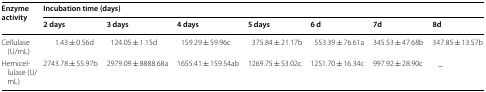
<table><thead><tr><td rowspan="2"><b>Enzyme activity</b></td><td colspan="7"><b>Incubation time (days)</b></td></tr><tr><td><b>2 days</b></td><td><b>3 days</b></td><td><b>4 days</b></td><td><b>5 days</b></td><td><b>6 d</b></td><td><b>7d</b></td><td><b>8d</b></td></tr></thead><tbody><tr><td>Cellulase (U/mL)</td><td>1.43 ± 0.56d</td><td>124.05 ± 1.15d</td><td>159.29 ± 59.96c</td><td>375.84 ± 21.17b</td><td>553.39 ± 76.61a</td><td>345.53 ± 47.68b</td><td>347.85 ± 13.57b</td></tr><tr><td>Hemicellulase (U/mL)</td><td>2743.78 ± 55.97b</td><td>2979.09 ± 8888.68a</td><td>1655.41 ± 159.54ab</td><td>1269.75 ± 53.02c</td><td>1251.70 ± 16.34c</td><td>997.92 ± 28.90c</td><td>_</td></tr></tbody></table>